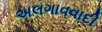
અલગાવવાદી